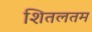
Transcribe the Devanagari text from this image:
शितलतम